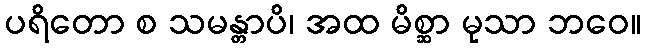
ပရိတော စ သမန္တာပိ၊ အထ မိစ္ဆာ မုသာ ဘဝေ။